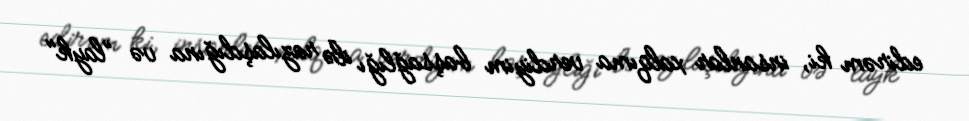
edirəm ki, insanlar xalqıma verdiyim başsağlığı ilə razılaşdığına və ”layk"